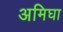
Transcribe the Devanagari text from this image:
अमिघा